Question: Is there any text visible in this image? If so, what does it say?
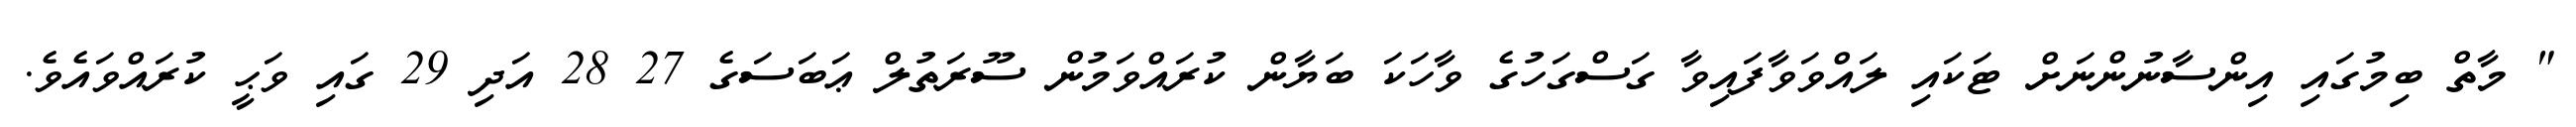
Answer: " މާތް ބިމުގައި އިންސާނުންނަށް ޓަކައި ލައްވަވާފައިވާ ގަސްގަހުގެ ވާހަކަ ބަޔާން ކުރައްވަމުން ސޫރަތުލް ޢަބަސަގެ 27 28 އަދި 29 ގައި ވަޙީ ކުރައްވައެވެ.